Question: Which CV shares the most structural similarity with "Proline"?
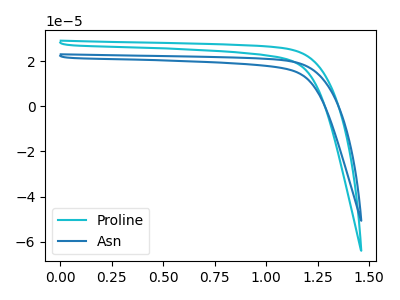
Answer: <think>The cyan curve "Proline" has no peaks. The blue curve "Asn" has no peaks.
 Neither "Proline" or "Asn" have any peaks.</think>
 <answer>The CV with the most similar shape to "Asn" is "Proline".</answer>
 <eval>"Proline"</eval>